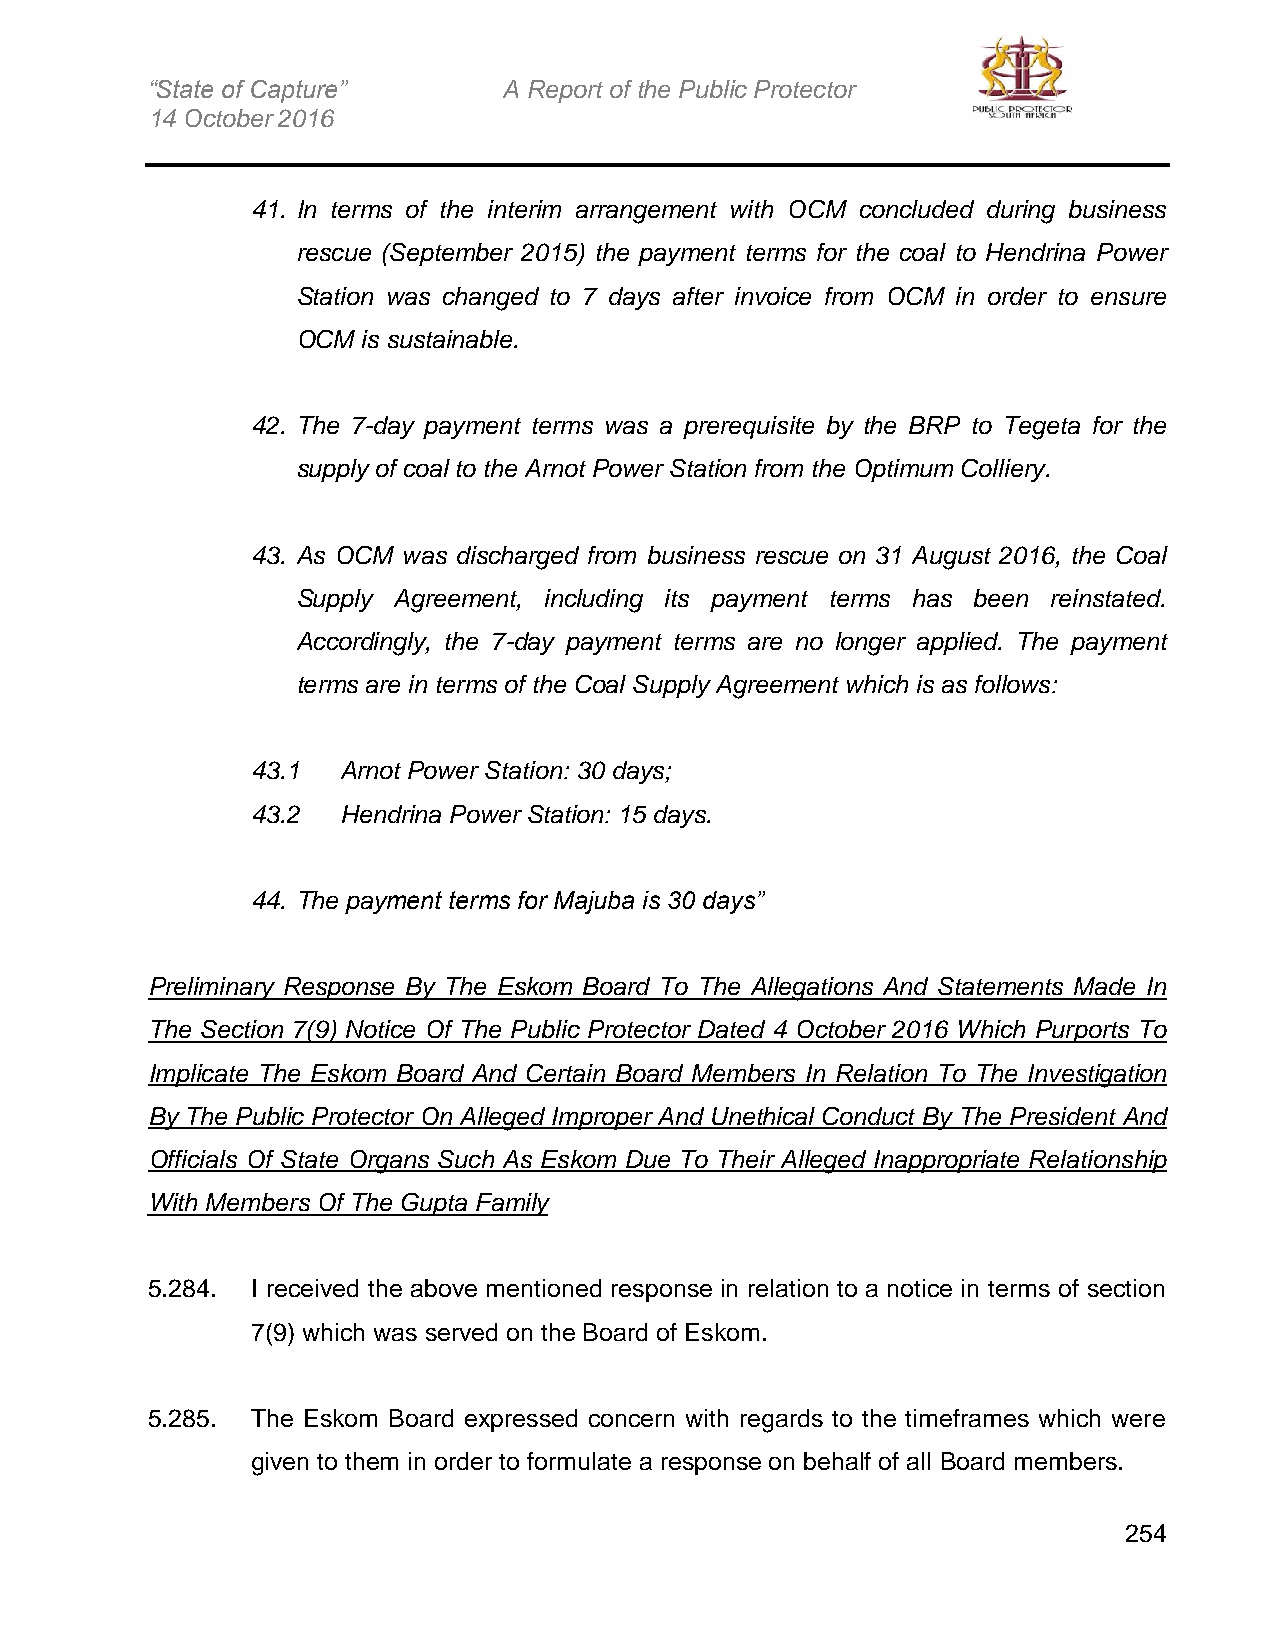
“State of Capture”     A Report of the Public Protector
 14 October 2016
 41. In terms of the interim arrangement with OCM concluded during business
 rescue (September 2015) the payment terms for the coal to Hendrina Power
 Station was changed to 7 days after invoice from OCM in order to ensure
 OCM is sustainable.
 42. The 7-day payment terms was a prerequisite by the BRP to Tegeta for the
 supply of coal to the Arnot Power Station from the Optimum Colliery.
 43. As OCM was discharged from business rescue on 31 August 2016, the Coal
 Supply Agreement, including its payment terms has been reinstated.
 Accordingly, the 7-day payment terms are no longer applied. The payment
 terms are in terms of the Coal Supply Agreement which is as follows:
 43.1 Arnot Power Station: 30 days;
 43.2 Hendrina Power Station: 15 days.
 44. The payment terms for Majuba is 30 days”
 Preliminary Response By The Eskom Board To The Allegations And Statements Made In
 The Section 7(9) Notice Of The Public Protector Dated 4 October 2016 Which Purports To
 Implicate The Eskom Board And Certain Board Members In Relation To The Investigation
 By The Public Protector On Alleged Improper And Unethical Conduct By The President And
 Officials Of State Organs Such As Eskom Due To Their Alleged Inappropriate Relationship
 With Members Of The Gupta Family
 5.284. I received the above mentioned response in relation to a notice in terms of section
 7(9) which was served on the Board of Eskom.
 5.285. The Eskom Board expressed concern with regards to the timeframes which were
 given to them in order to formulate a response on behalf of all Board members.
 254